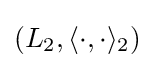
\left(L_{2},\langle \cdot ,\cdot \rangle _{2}\right)